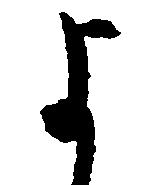
よ